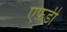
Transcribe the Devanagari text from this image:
एफ़डी